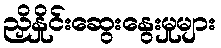
ညှိနှိုင်းဆွေးနွေးမှုများ